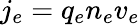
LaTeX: j_{e}=q_{e}n_{e}v_{e}